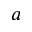
^ a